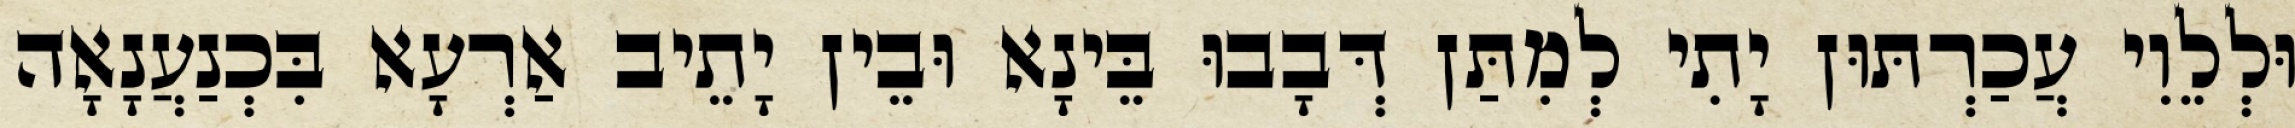
וּלְלֵוִי עֲכַרְתּוּן יָתִי לְמִתַּן דְּבָבוּ בֵּינָא וּבֵין יָתֵיב אַרְעָא בִּכְנַעֲנָאָה